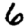
Digit: 6